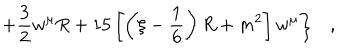
LaTeX: \left. + \frac 3 2 w ^ { \mu } R + 1 5 \left[ \left( \xi - \frac 1 6 \right) R + m ^ { 2 } \right] w ^ { \mu } \right\} ,